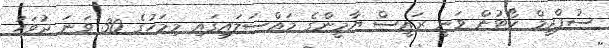
ސުޕްރީމް ކޯޓުން ވަނީ ރައީސް ޔާމީންގެ މައްސަލައިގައި މިމަހުގެ 30 ވަނަ ދުވަހު